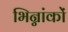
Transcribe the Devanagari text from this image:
भिन्नांकों